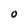
Character: O